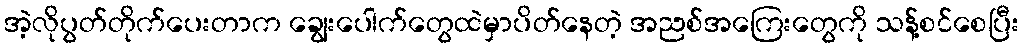
အဲ့လိုပွတ်တိုက်ပေးတာက ချွေးပေါက်တွေထဲမှာပိတ်နေတဲ့ အညစ်အကြေးတွေကို သန့်စင်စေပြီး